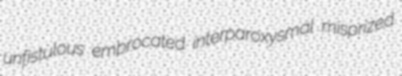
unfistulous embrocated interparoxysmal misprized